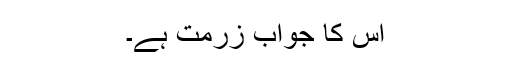
اس کا جواب زرمت ہے۔